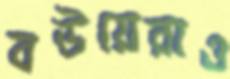
বউয়েরাও